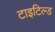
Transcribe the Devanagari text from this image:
टाइटिल्ड